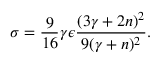
\sigma = \frac { 9 } { 1 6 } \gamma \epsilon \frac { ( 3 \gamma + 2 n ) ^ { 2 } } { 9 ( \gamma + n ) ^ { 2 } } .